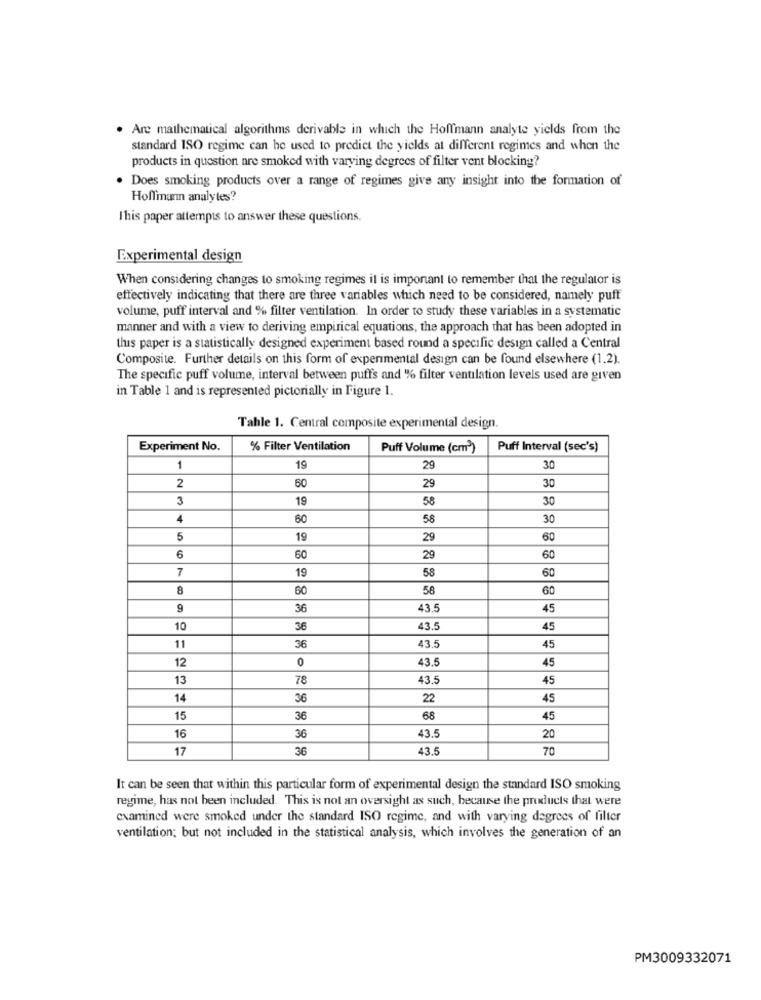
. Are mathematical algorithms derivable in which the Hoffmann analyte yields from the
standard ISO regime can be used to predict the yields at different regimes and when the
products in question are smoked with varying degrees of filter vent blocking?
. Does smoking products over a range of regimes give any insight into the formation of
Hoffmann analyles?
This paper attempts to answer these questions.
Experimental design
When considering changes to smoking regimes it is important to remember that the regulator is
effectively indicating that there are three variables which need to be considered, namely puff
volume, puff interval and % filter ventilation. In order to study these variables in a systematic
manner and with a view to deriving empirical equations, the approach that has been adopted in
this paper is a statistically designed experiment based round a specific design called a Central
Composite. Further details on this form of experimental design can be found elsewhere (1.2).
The specific puff volume, interval between puffs and % filter ventilation levels used are given
in Table 1 and is represented pictorially in Figure 1.
Tahle 1. Central composite experimental design.
Experiment No.
% Filter Ventilation
Puff Volume (cm3)
Puff Interval (sec's)
1
19
29
30
50
29
30
2
3
19
58
30
4
60
58
30
5
19
29
60
6
60
29
60
7
19
58
60
8
60
58
60
9
36
43.5
45
10
36
43.5
45
11
36
43.5
45
12
0
43.5
45
13
78
43.5
45
14
36
22
45
15
36
68
45
43.5
16
36
20
17
36
43.5
70
It can be seen that within this particular form of experimental design the standard ISO smoking
regime, has not been included. This is not an oversight as such, because the products that were
examined were smoked under the standard ISO regime, and with varying degrees of filter
ventilation; but not included in the statistical analysis, which involves the generation of an
PM3009332071